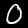
Digit: 0